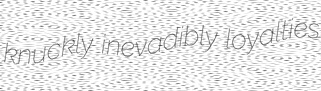
knuckly inevadibly loyalties